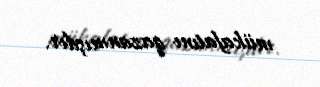
mükafatını qazanmışdır.